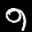
Label: 9